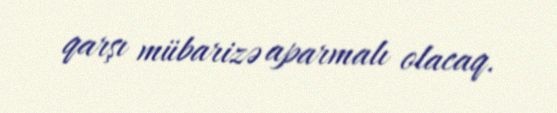
qarşı mübarizə aparmalı olacaq.